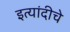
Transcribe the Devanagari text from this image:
इत्यांदीचे